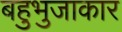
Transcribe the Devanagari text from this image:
बहुभुजाकार